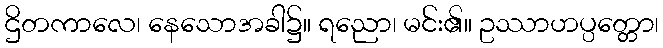
ဌိတကာလေ၊ နေသောအခါ၌။ ရညော၊ မင်း၏။ ဥဿာဟပ္ပတ္တော၊